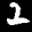
Label: 2